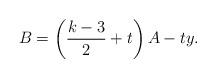
LaTeX: \begin{align*}B=\left(\frac{k-3}{2}+t\right)A-ty.\end{align*}